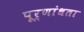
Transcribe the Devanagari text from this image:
पूर्णांधता